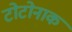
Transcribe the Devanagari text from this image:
टोटोनाक